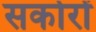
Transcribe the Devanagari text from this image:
सकोरों